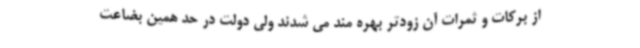
از برکات و ثمرات آن زودتر بهره مند می شدند ولی دولت در حد همین بضاعت